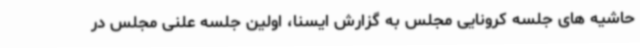
حاشیه های جلسه کرونایی مجلس به گزارش ایسنا، اولین جلسه علنی مجلس در